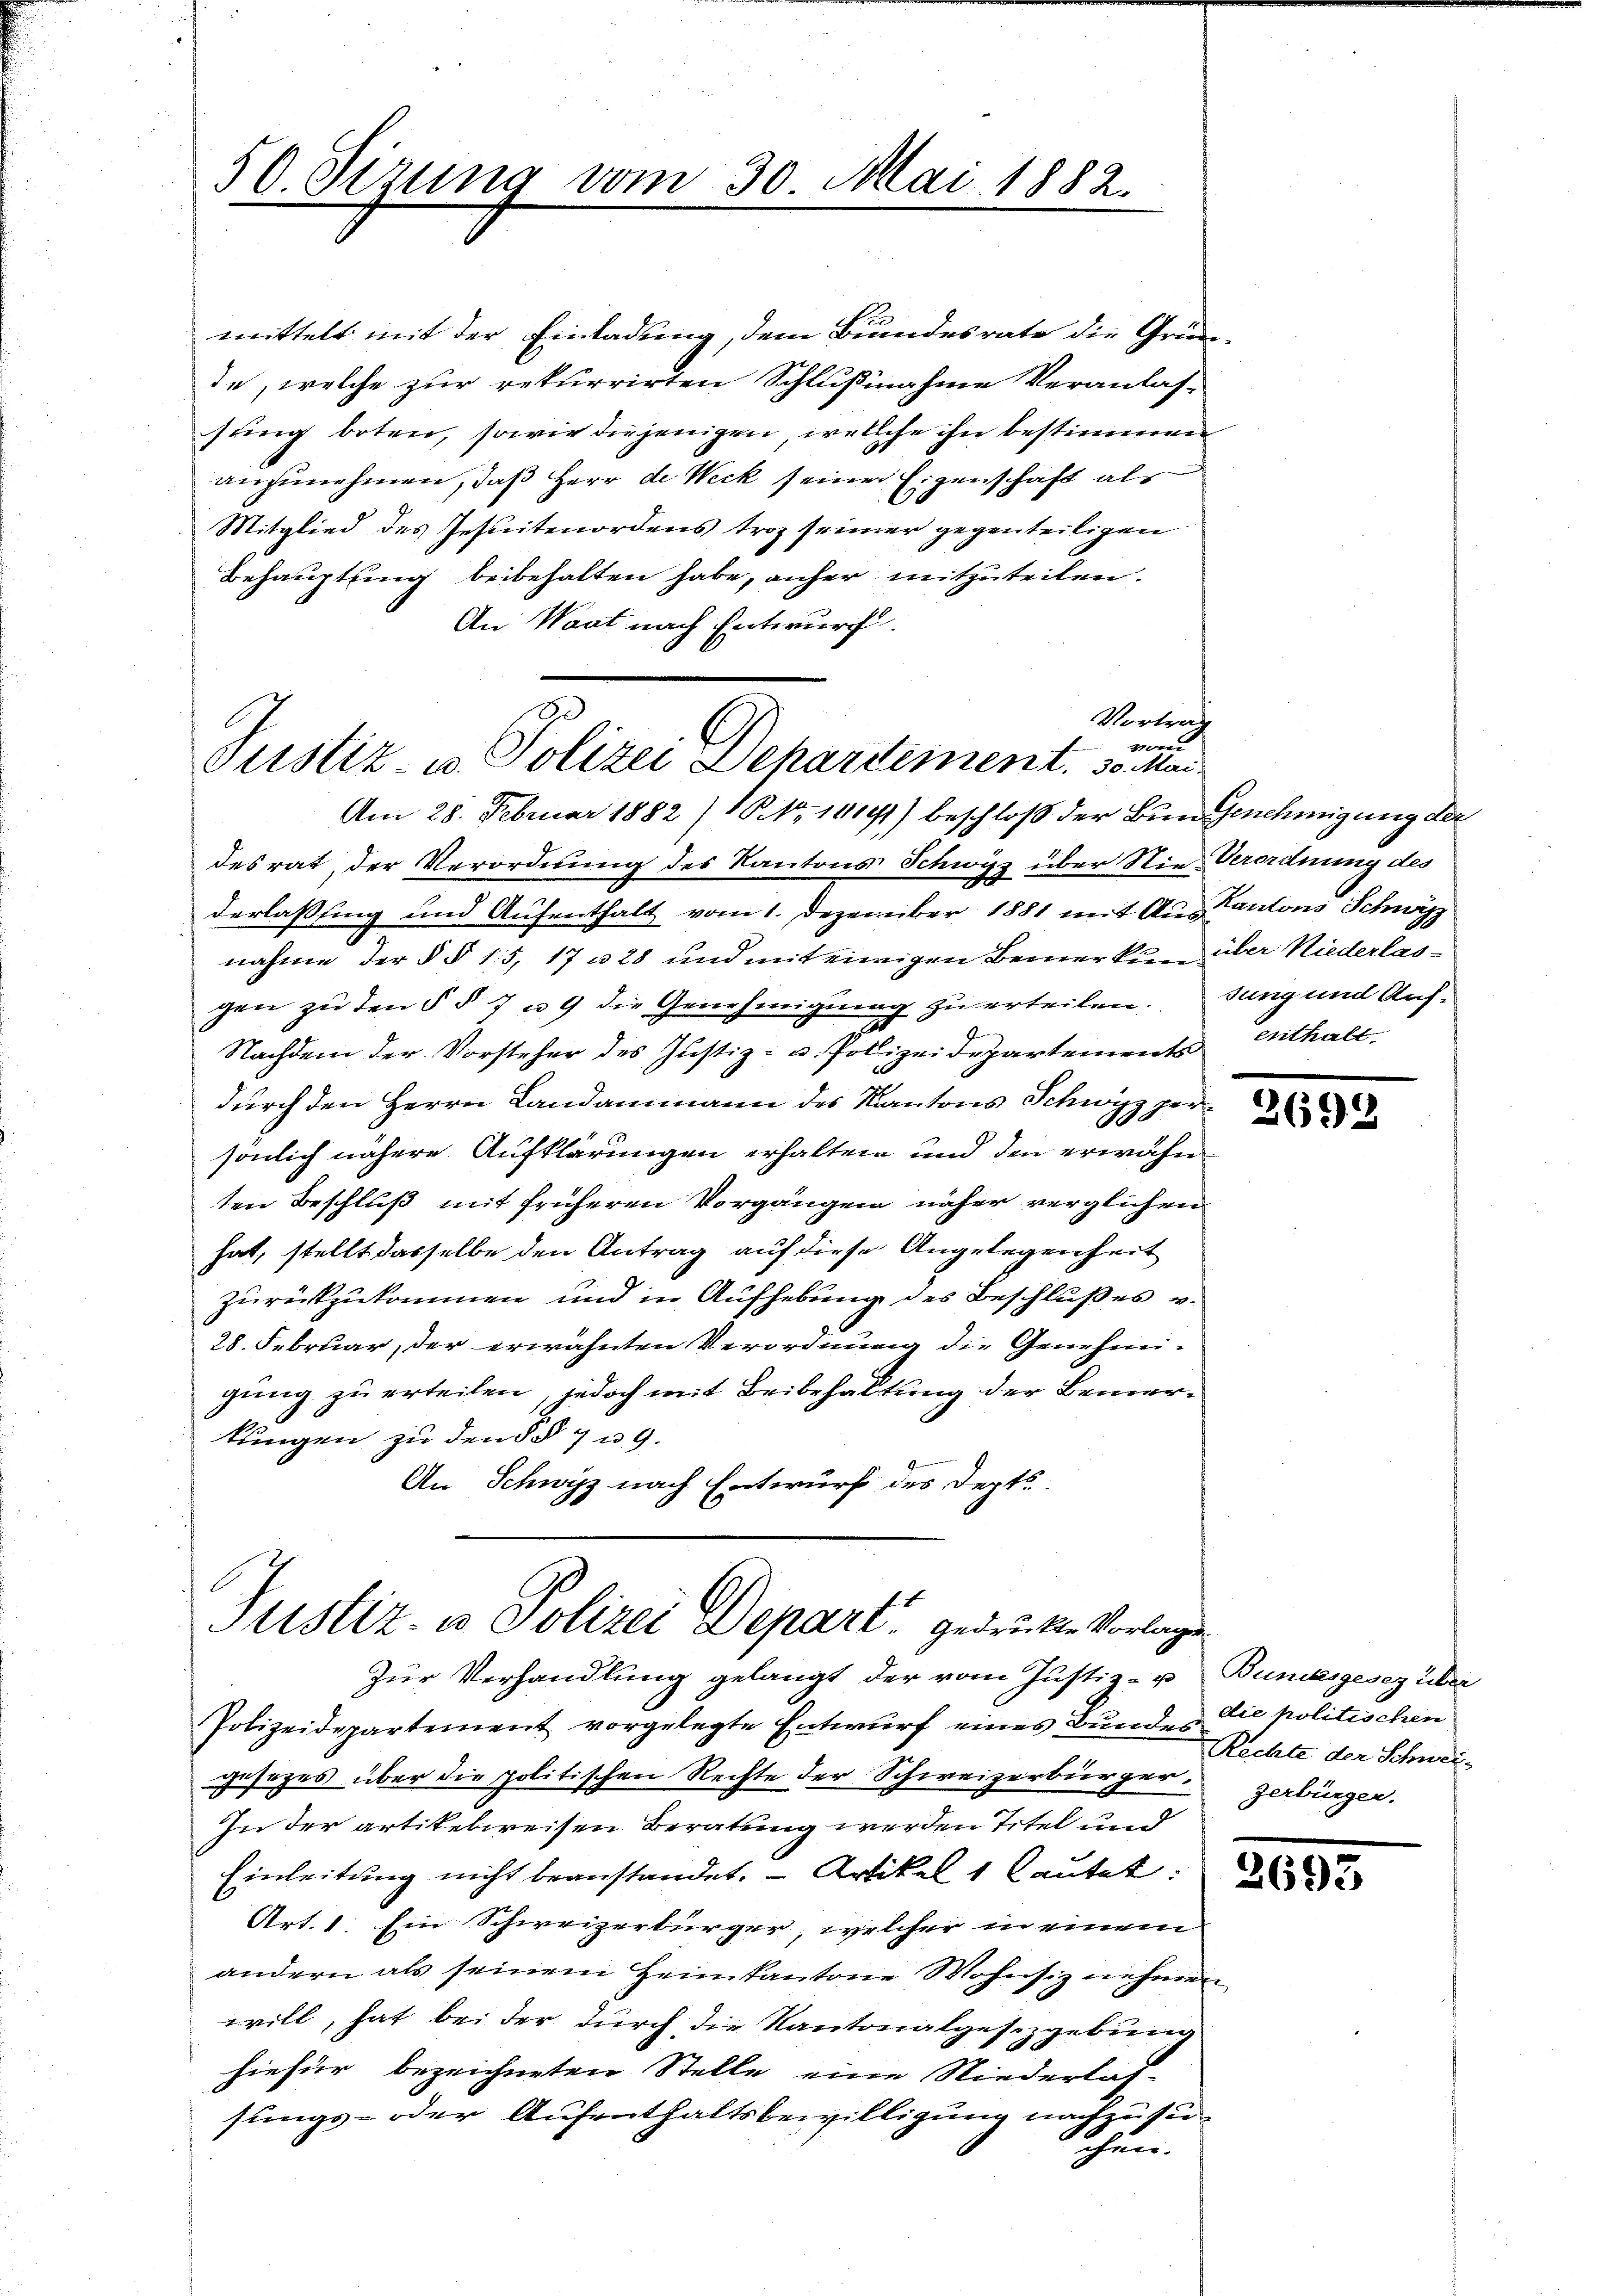
50. Sizung vom 30. Mai 1882.

mittelt mit der Einladung, dem Bundesrate die Grün-
de, welche zur rekurrirten Schlußnahme Veranlas-
sung boten, sowie diejenigen, welche ihn bestimmenen
anzunehmen, daß Herr de Weck seiner Eigenschaft al
Mitglied des Gestetenordens trag seiner gegenteiligen
Behauptung beibehalten habe, anher mitzuteilen.
An Waat nach Entwurf.

Vortrag
e
Justiz- u. Polizei Departement. 30. Mai.

Justiz, in Polizei Depart gedruckte Vorlage
Zur Verhandlung gelangt der vom Justiz- u. Bundesgesez über

desrat, der Verordnung des Kantons Schwisz über Nie-Verordnung des
derlassing und Aufenthalt vom 1. Dezember 1881 mit Aus Cantons Schwitz
nahme der § § 15, 17 u 28 und mit einigen Bemerken über Niederlasgen zu den § § 7 u. 9 die Genehmigung zu erteilendung und Auf¬
Nachdem der Vorsteher des Justiz- u. Polizeidepartements
durch den Herrn Landammann des Kantons Schwyz per¬
.
sönlich nähere Aufklärungen erhalten und den erwähn
ten Beschluß mit früheren Vorgängen näher verglichen
hat, stellt dasselbe den Antrag auf diese Angelegenheit
zurückzukommen und in Aufhebung des Beschlußes v.
28. Februar, der erwähnten Verordnung die Genehmigung zu erteilen, jedoch mit Beibehaltung der Bemer-
kungen zu den §§ 7 n 9.
An Schwyz nach Entwurf des Depts

Am 28. Februar 1882) No 14141) beschloß der Bungenehmigung der

enthalt.

Polizeidepartement vorgelegte Entwurf eines Bundes die politischen
gesetzes über die politischen Rechte der Schweizerbürger.
In der artikelweisen Beratung werden Titel und
Einleitung nicht beanstandet. - Artikel 1 lautet:
Art. 1 Ein Schweizerbürger, welcher in einem
andern als seinem Heimkantone Wohnsiz nehmen
will, hat bei der durch die Kantonalgesetzgebung
hiefür bezeichneten Stelle eine Niederlassungs- oder Aufenthaltsbewilligung nachzusu¬
Sichen.

2692

Rechte der Schnei
zerbürger.